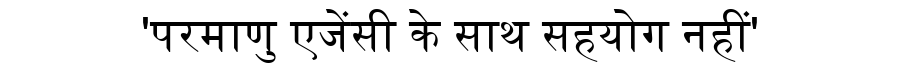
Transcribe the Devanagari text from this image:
'परमाणु एजेंसी के साथ सहयोग नहीं'